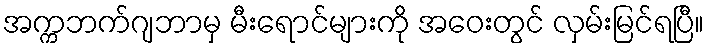
အက္ကဘက်ဂျဘာမှ မီးရောင်များကို အဝေးတွင် လှမ်းမြင်ရပြီ။